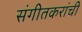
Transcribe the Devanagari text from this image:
संगीतकरांची